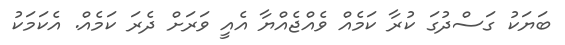
ބަޔަކު ގަސްދުގަ ކުރާ ކަމެއް ވެއްޖެއްޔާ އެއީ ވަރަށް ދެރަ ކަމެއް. އެކަމަކު